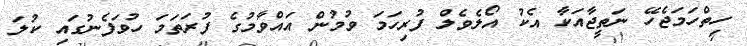
ހިތްހަމަޖެހޭ ނަތީޖާއަކާ އެކު އޯލެވެލް ފުރިހަމަ ވުމުން އައްވާމުގެ ފުރަތަމަ ހުވަފެނުގައި ކުލަ